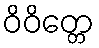
ဝိဝိတ္တေ